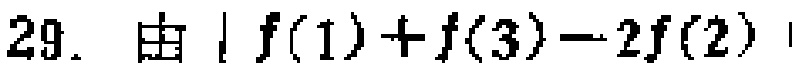
$29.\ 由\vert f(1)+f(3)-2f(2)\vert$